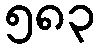
၅၈၃